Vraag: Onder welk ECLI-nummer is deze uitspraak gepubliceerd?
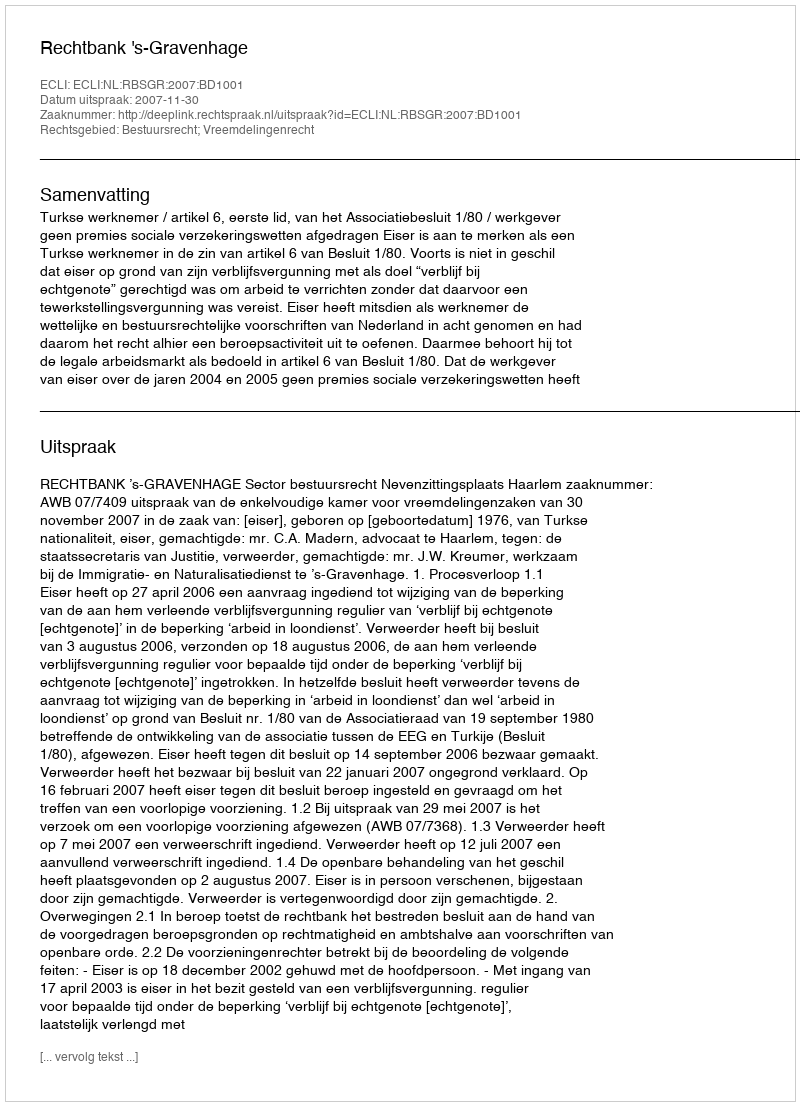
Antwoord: ECLI:NL:RBSGR:2007:BD1001